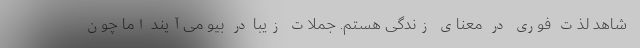
شاهد لذت فوری در معنای زندگی هستم. جملات زیبا در بیو می‌آیند اما چون